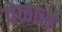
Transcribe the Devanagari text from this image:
वेळास